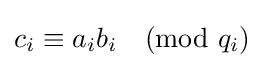
c_{i}\equiv a_{i}b_{i}{\pmod {q_{i}}}